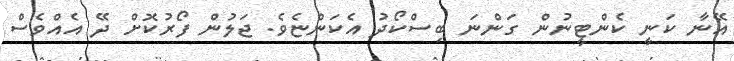
އޭނާ ކަނީ ކެންޓީނުން ގަންނަ ބިސްކޯދު އެކަންޏެވެ. ޖަލުން ފޯރުކޮށް ދޭ އެއްވެސް